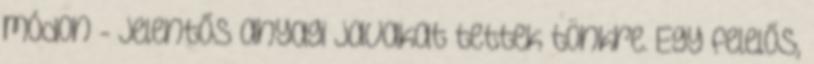
módon - jelentős anyagi javakat tettek tönkre. Egy felelős,